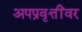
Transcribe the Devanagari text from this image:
अपप्रवृत्तींवर